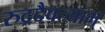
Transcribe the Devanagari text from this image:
रुद्रदैवत्याम्